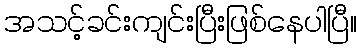
အသင့်ခင်းကျင်းပြီးဖြစ်နေပါပြီ။